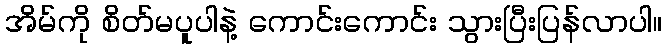
အိမ်ကို စိတ်မပူပါနဲ့ ကောင်းကောင်း သွားပြီးပြန်လာပါ။